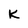
Character: K